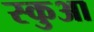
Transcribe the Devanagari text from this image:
स्कुआ